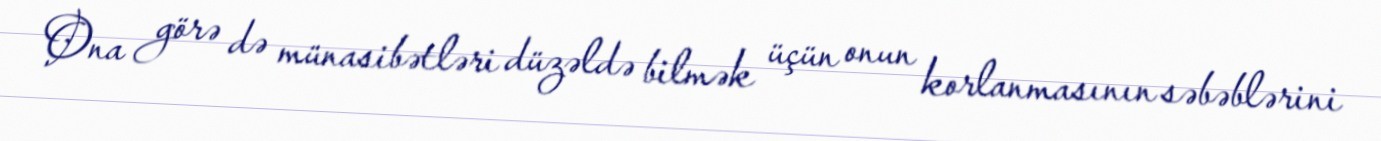
Ona görə də münasibətləri düzəldə bilmək üçün onun korlanmasının səbəblərini